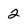
Character: 2